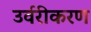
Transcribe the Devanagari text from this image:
उर्वरीकरण